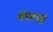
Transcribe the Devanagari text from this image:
बरूच